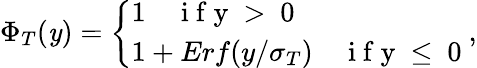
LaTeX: \Phi_{T}(\mathit{y})=\left\{ \begin{array}{ll}{1\quad\mathrm{~i~f~y~>~0~}}\\ {1+Erf(y/\sigma_{T})\quad\mathrm{~i~f~y~\le~0~}}\end{array}\right.,